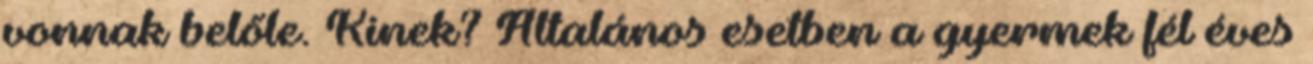
vonnak belőle. Kinek? Általános esetben a gyermek fél éves